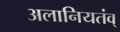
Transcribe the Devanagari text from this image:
अलानियतंव्